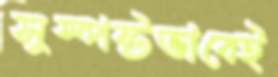
সুস্পষ্টভাবেই